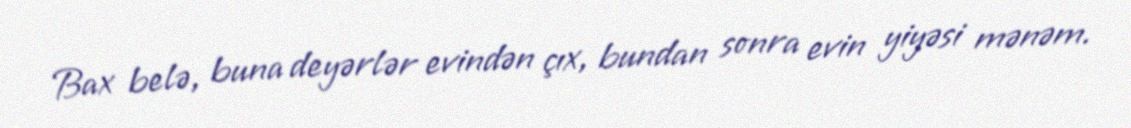
Bax belə, buna deyərlər evindən çıx, bundan sonra evin yiyəsi mənəm.